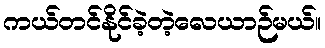
ကယ်တင်နိုင်ခဲ့တဲ့လေယာဉ်မယ်။